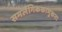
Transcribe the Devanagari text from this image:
समलैंगिककामुकता